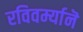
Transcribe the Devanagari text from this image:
रविवर्म्यानॆ